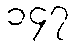
၁၄၇